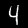
Digit: 4